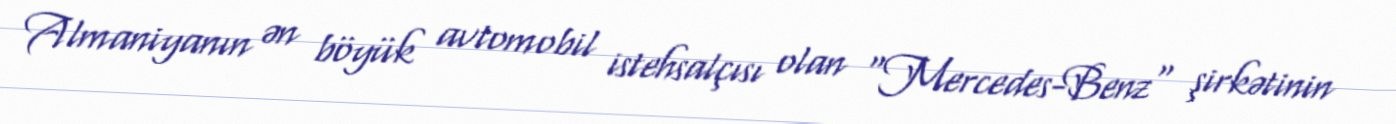
Almaniyanın ən böyük avtomobil istehsalçısı olan "Mercedes-Benz" şirkətinin